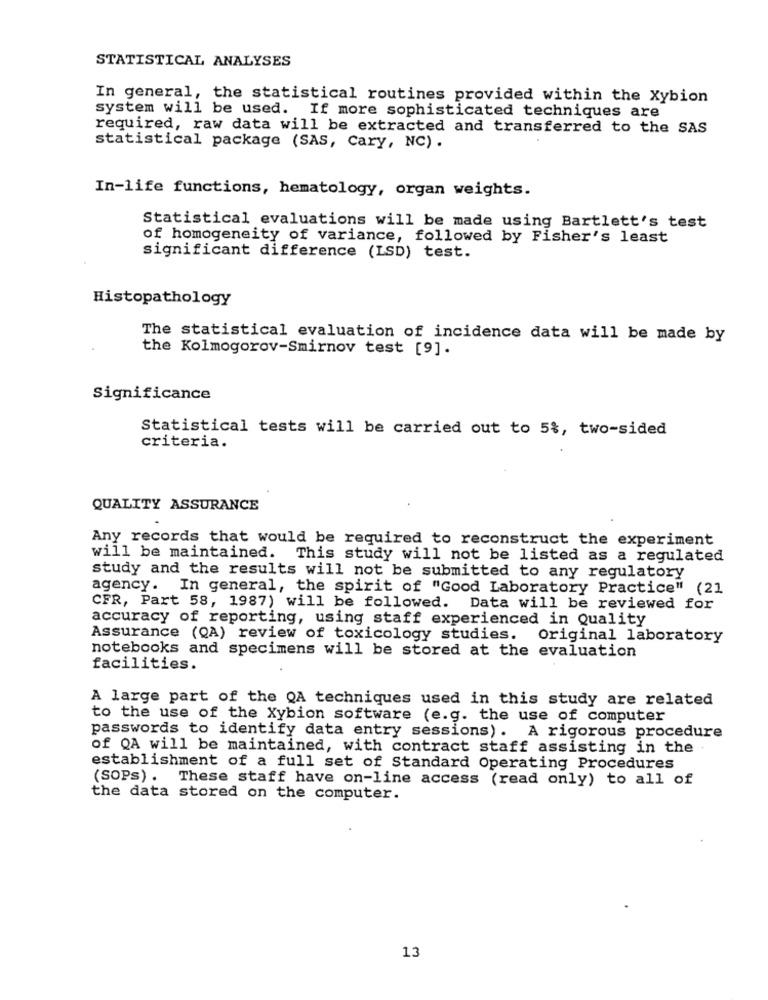
STATISTICAL ANALYSES
In general, the statistical routines provided within the Xybion
system will be used. If more sophisticated techniques are
required, raw data will be extracted and transferred to the SAS
statistical package (SAS, Cary, NC) .
In-life functions, hematology, organ weights.
Statistical evaluations will be made using Bartlett's test
of homogeneity of variance, followed by Fisher's least
significant difference (LSD) test.
Histopathology
The statistical evaluation of incidence data will be made by
the Kolmogorov-Smirnov test [9].
Significance
Statistical tests will be carried out to 5%, two-sided
criteria.
QUALITY ASSURANCE
Any records that would be required to reconstruct the experiment
will be maintained. This study will not be listed as a regulated
study and the results will not be submitted to any regulatory
agency. In general, the spirit of "Good Laboratory Practice" (21
CFR, Part 58, 1987) will be followed. Data will be reviewed for
accuracy of reporting, using staff experienced in Quality
Assurance (QA) review of toxicology studies.
Original laboratory
notebooks and specimens will be stored at the evaluation
facilities.
A large part of the QA techniques used in this study are related
to the use of the Xybion software (e.g. the use of computer
passwords to identify data entry sessions). A rigorous procedure
of QA will be maintained, with contract staff assisting in the
establishment of a full set of Standard Operating Procedures
(SOPs). These staff have on-line access (read only) to all of
the data stored on the computer.
13